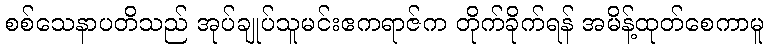
စစ်သေနာပတိသည် အုပ်ချုပ်သူမင်းဧကရာဇ်က တိုက်ခိုက်ရန် အမိန့်ထုတ်စေကာမူ